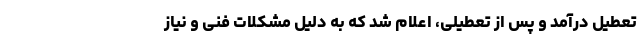
تعطیل درآمد و پس از تعطیلی، اعلام شد که به دلیل مشکلات فنی و نیاز